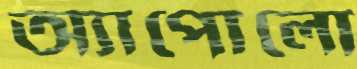
অ্যাপোলো